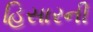
હિસારની